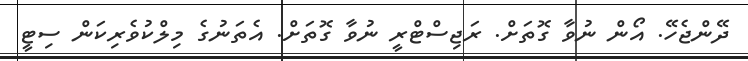
ދޭންޖެހޭ. އޯން ނުވާ ގޮތަށް. ރަޖިސްޓްރީ ނުވާ ގޮތަށް. އެތަނުގެ މިލްކުވެރިކަން ސިޓީ